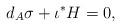
LaTeX: \begin{align*}d_A \sigma + \iota^{*}H=0,\end{align*}